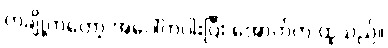
တချို့ကတော့ အပေါ်ကပါးပြီး အောက်က ထူသည်။